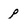
Character: p